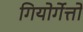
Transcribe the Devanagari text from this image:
गियोर्गेत्तो